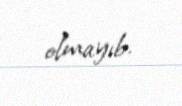
olmayıb.